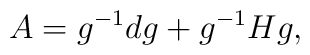
A = g^{-1} dg + g^{-1} H g,